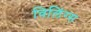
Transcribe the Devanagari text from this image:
विलिंग्स